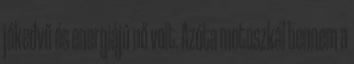
jókedvű és energiájú nő volt. Azóta motoszkál bennem a